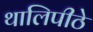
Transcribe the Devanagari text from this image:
थालिपीठे